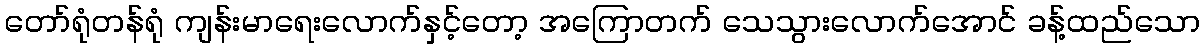
တော်ရုံတန်ရုံ ကျန်းမာရေးလောက်နှင့်တော့ အကြောတက် သေသွားလောက်အောင် ခန့်ထည်သော